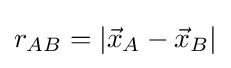
r_{AB}=|{\vec {x}}_{A}-{\vec {x}}_{B}|